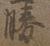
勝